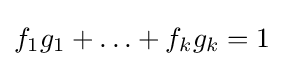
f_{1}g_{1}+\ldots +f_{k}g_{k}=1